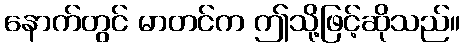
နောက်တွင် မာတင်က ဤသို့ဖြင့်ဆိုသည်။